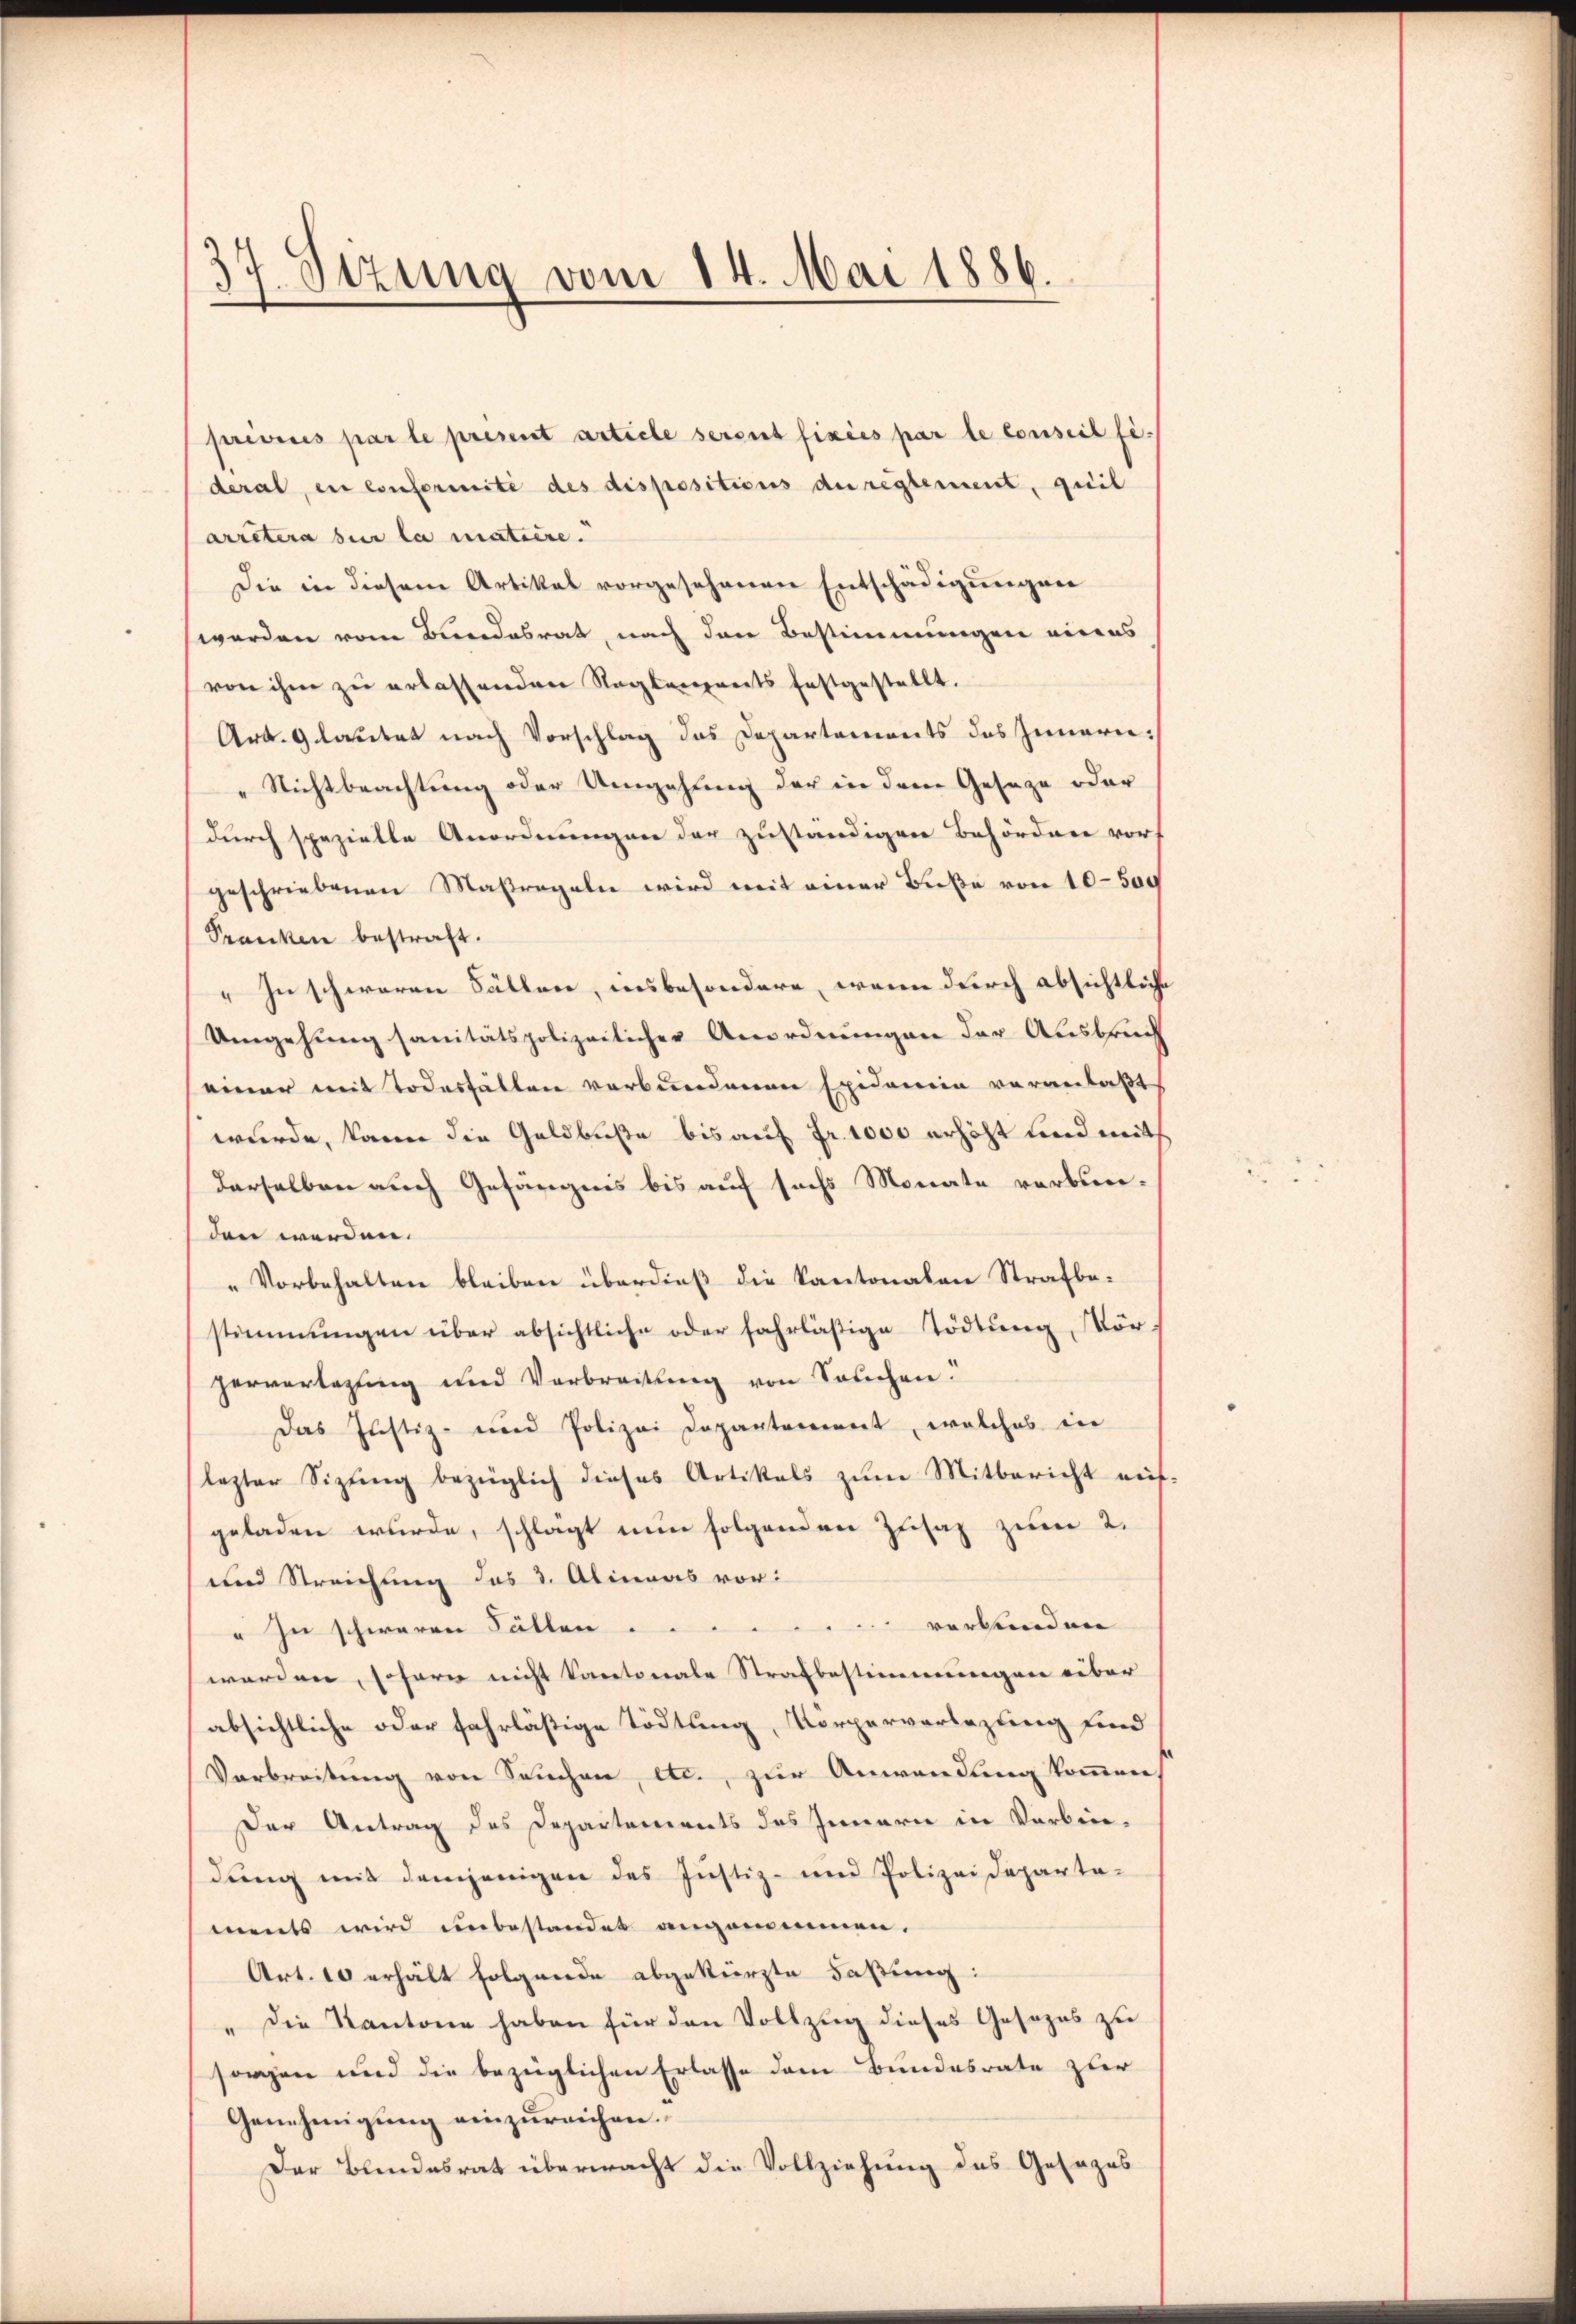
37. Sizung vom 14. Mai 1886.

prises par le présent article seront fixées par le conseil fi-
deral, en conformite des dispositions der reglement, quil
arretera sur la matière.
Die in diesem Artikal vorgesehenen Entschädigungen
worden vom Bundesrat, nach den Bestimmungen eines
von ihm zu erlassenden Naglanpreits festgestellt.
Art. 9 lautet nach Vorschlag das Departements des Innern:
„Nichtbeachtung oder Umgehung der in dem Geseze oder
durch spezielle Anordnungen der zuständigen Behörden vor
geschriebenen Maßregeln wird mit einer Buße von 10–500
Pranken bestraft.
" In schweren Fällen, insbesondere, wenn durch absichtliche
Umgehung sanitätspolizeilicher Anordnungen der Ausbruch
einer mit Todesfällen verbundenen Epidemie veranlaßt
wurde, kann die Geldbuße bis auf Fr. 1000 erhöht und mit
derselben auch Gefängnis bis auf sechs Monate verbinden werden.
„Vorbehalten bleiben überdieß die Kantonalen Strafbestimmungen über absichtliche oder fahrläßige Tödtung, Kör-
perverlassing und Verbreitung von Souchen.
Das Justiz- und Polizei Departement, welches in
lezter Sizŭng bezüglich dieses Artikals zum Mitbericht auf
geladen wurde, schlägt nun folgenden Zusaz zum 2.
und Streichung des 3. Alineas vor:
verbunden
" zu schweren Fällen
worden, sofern nicht kantonale Strafbestimmungen über
absichtliche oder fahrlästige Tödtung, Körpervorlegung und
Verbreitung von Seuchen, etc., zur Anwendung kommen,
Der Antrag des Departements des Innern in Verbin-
dung mit demjenigen des Justiz- und Polizeideparta-
ments wird unbestandet angenommen.
Art. 10 erhält folgende abgekürzte Faßung:
" die Kantone haben für den Vollzug dieses Gesezes zu
sorgen und die bezüglichen Erlasse dem Bundesrate zur
Genehmigung einzureichen.
Der Bundesrat übermacht die Vollziehung des Gesezes